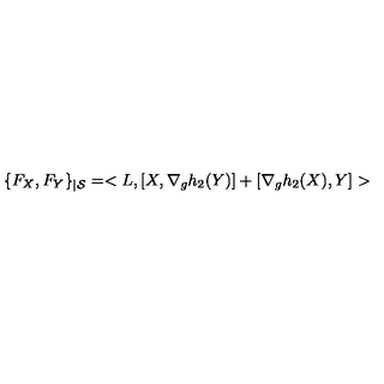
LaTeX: \{ F _ { X } , F _ { Y } \} _ { | { \cal S } } = < L , [ X , \nabla _ { g } h _ { 2 } ( Y ) ] + [ \nabla _ { g } h _ { 2 } ( X ) , Y ] >